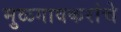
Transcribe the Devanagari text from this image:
मुळगावकरांचे